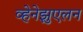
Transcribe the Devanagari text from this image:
व्हेनेझुएलन